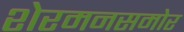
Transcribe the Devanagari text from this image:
शेरमनसमोर